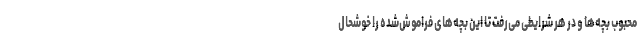
محبوب بچه‌ها و در هر شرایطی می‌رفت تا این بچه‌های فراموش‌شده را خوشحال